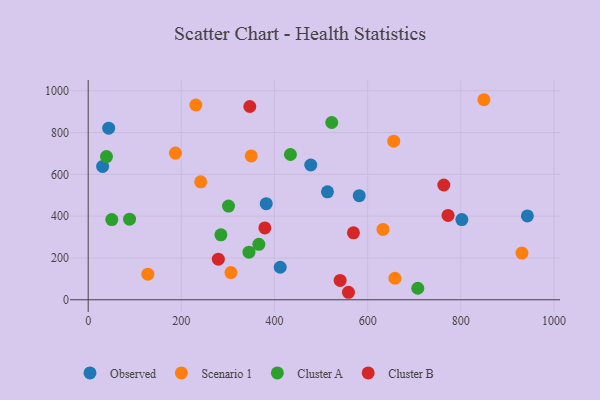
{"axis": {"x": "Price", "y": "Salary"}, "legend": ["Cluster A", "Cluster B", "Observed", "Scenario 1"], "data": [{"x": "802.2", "y": 383.4, "type": "Observed"}, {"x": "513.7", "y": 516.5, "type": "Observed"}, {"x": "477.9", "y": 644.7, "type": "Observed"}, {"x": "412.3", "y": 155.7, "type": "Observed"}, {"x": "382.2", "y": 459.6, "type": "Observed"}, {"x": "31.0", "y": 637.9, "type": "Observed"}, {"x": "581.9", "y": 497.8, "type": "Observed"}, {"x": "44.0", "y": 820.9, "type": "Observed"}, {"x": "942.9", "y": 401.2, "type": "Observed"}, {"x": "241.5", "y": 564.4, "type": "Scenario 1"}, {"x": "931.3", "y": 223.4, "type": "Scenario 1"}, {"x": "187.3", "y": 701.9, "type": "Scenario 1"}, {"x": "632.9", "y": 336.3, "type": "Scenario 1"}, {"x": "231.2", "y": 931.7, "type": "Scenario 1"}, {"x": "658.6", "y": 103.1, "type": "Scenario 1"}, {"x": "128.0", "y": 122.5, "type": "Scenario 1"}, {"x": "306.5", "y": 130.2, "type": "Scenario 1"}, {"x": "350.0", "y": 688.1, "type": "Scenario 1"}, {"x": "656.0", "y": 758.4, "type": "Scenario 1"}, {"x": "849.6", "y": 956.9, "type": "Scenario 1"}, {"x": "434.2", "y": 694.9, "type": "Cluster A"}, {"x": "88.8", "y": 385.4, "type": "Cluster A"}, {"x": "284.9", "y": 310.8, "type": "Cluster A"}, {"x": "366.4", "y": 265.1, "type": "Cluster A"}, {"x": "50.7", "y": 383.6, "type": "Cluster A"}, {"x": "301.3", "y": 448.1, "type": "Cluster A"}, {"x": "345.2", "y": 227.8, "type": "Cluster A"}, {"x": "522.9", "y": 848.0, "type": "Cluster A"}, {"x": "39.3", "y": 684.9, "type": "Cluster A"}, {"x": "707.6", "y": 55.2, "type": "Cluster A"}, {"x": "279.4", "y": 194.0, "type": "Cluster B"}, {"x": "558.8", "y": 35.9, "type": "Cluster B"}, {"x": "379.3", "y": 343.9, "type": "Cluster B"}, {"x": "763.5", "y": 549.1, "type": "Cluster B"}, {"x": "347.0", "y": 924.6, "type": "Cluster B"}, {"x": "772.6", "y": 403.5, "type": "Cluster B"}, {"x": "569.5", "y": 320.3, "type": "Cluster B"}, {"x": "540.9", "y": 92.5, "type": "Cluster B"}]}